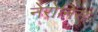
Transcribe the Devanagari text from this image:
नेरोनिस